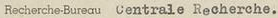
Recherche-Bureau Centrale Recherche.